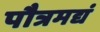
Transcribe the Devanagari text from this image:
पौत्रमद्यं